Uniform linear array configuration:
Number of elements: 16
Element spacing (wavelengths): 0.25
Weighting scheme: kaiser
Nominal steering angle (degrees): -30
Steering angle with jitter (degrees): -28.021
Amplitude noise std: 0.05
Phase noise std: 0.05

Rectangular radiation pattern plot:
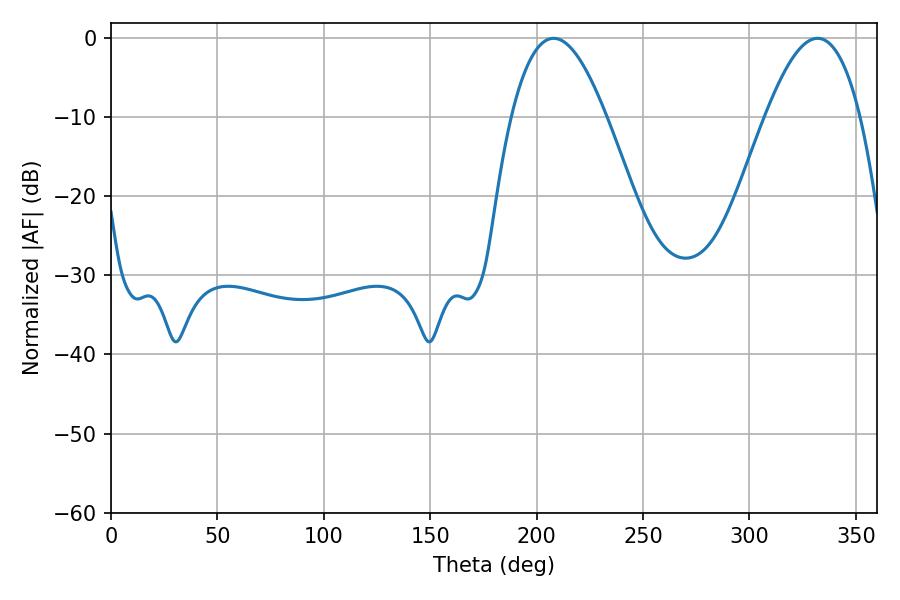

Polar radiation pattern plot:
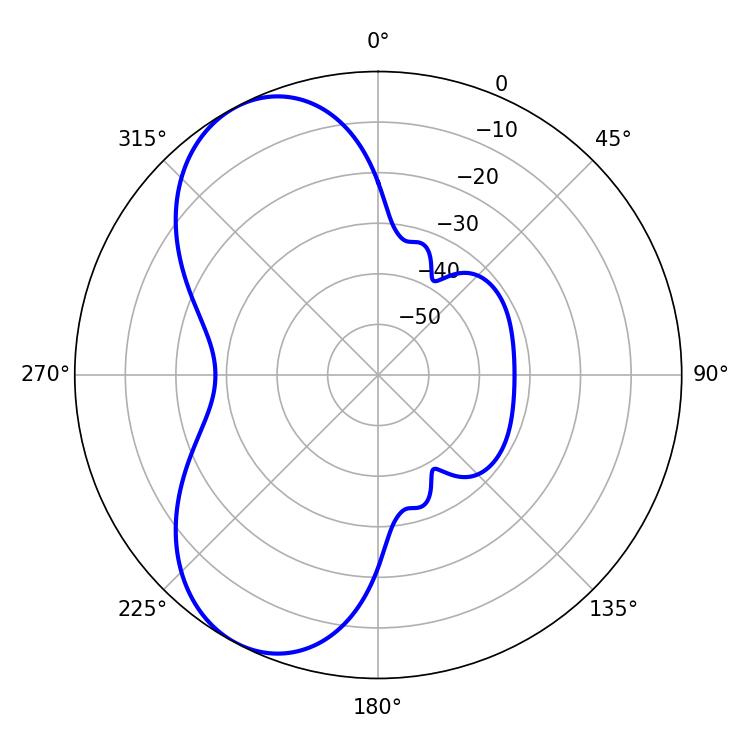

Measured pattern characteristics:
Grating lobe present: FALSE
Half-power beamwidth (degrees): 24.3
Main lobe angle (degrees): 207.9